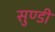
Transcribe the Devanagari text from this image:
सुण्डी